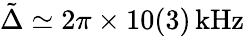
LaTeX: \tilde{\Delta}\simeq 2\pi\times 10(3)\, \mathrm{kHz}